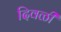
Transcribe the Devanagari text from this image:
दिवळी